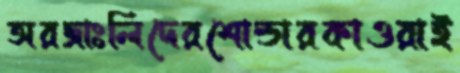
অরজাঃলিদেরশোল্ডারকাওরাই